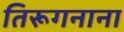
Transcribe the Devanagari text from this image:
तिरूगनाना